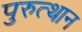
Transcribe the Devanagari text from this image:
पुरुत्थान